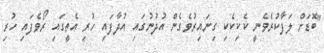
"ބޮޑަށް ލަފާކުރެވެނީ ކެކިކެކި ގިނައިރުވެގެން އުދުނުގައި އުދާފައި ހުރި އެތީގައި ރޯވެފައި ހުރި